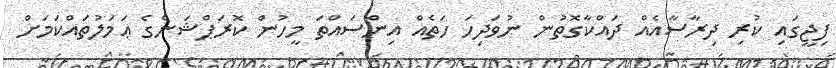
ފިޖީގައި ކުރި ދިރާސާއެއް ދައްކާގޮތުން ނުވަދިހަ ހަތެއް އިންސައްތަ މީހުން ކޮރަޕްޝަންގެ ޢަމަލުތައްކަމަށް